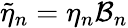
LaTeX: \widetilde{\eta}_{n}=\eta_{n}\mathcal{B}_{n}